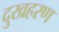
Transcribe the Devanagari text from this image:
दुखहरण